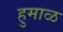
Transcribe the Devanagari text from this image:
हुमाळ